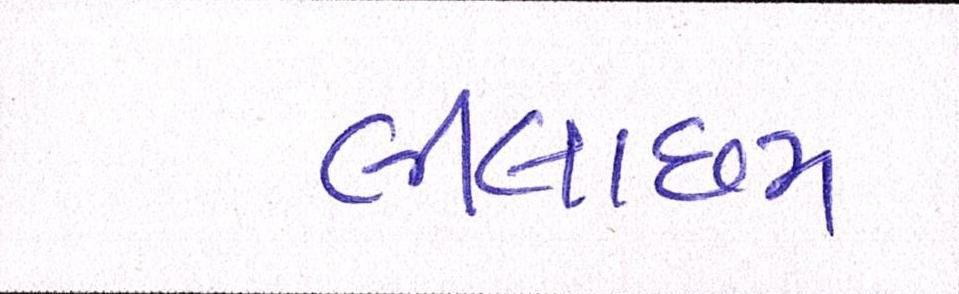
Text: લીલાછમ